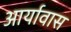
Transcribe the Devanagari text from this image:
आर्यावास